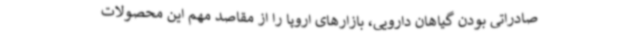
صادراتی بودن گیاهان دارویی، بازارهای اروپا را از مقاصد مهم این محصولات